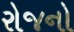
રોજનો